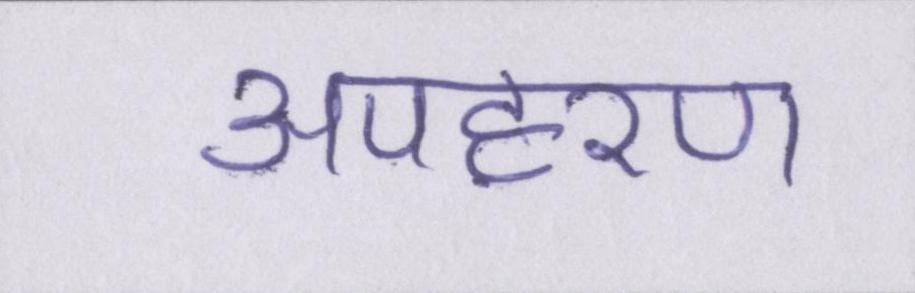
अपहरण